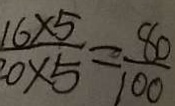
\frac { 1 6 \times 5 } { 2 0 \times 5 } = \frac { 8 0 } { 1 0 0 }